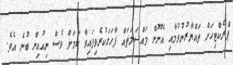
ޕްރެކްޓިހަށް ތައްޔާރުނުވުމާއި އެނޫން މައްސަލަތައް ފާހަގަކުރެވިފައިވާ ކަމަށް ވެސް ނިއުއިން ބުނެ އެވެ.